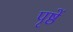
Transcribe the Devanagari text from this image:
पृष्ठें